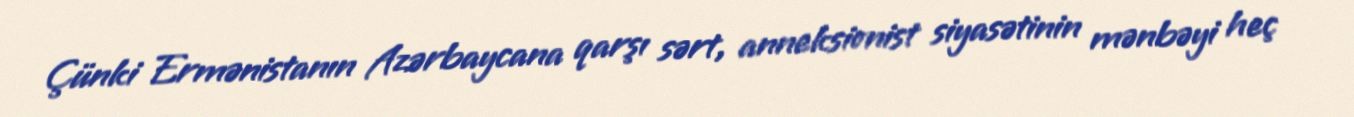
Çünki Ermənistanın Azərbaycana qarşı sərt, anneksionist siyasətinin mənbəyi heç